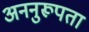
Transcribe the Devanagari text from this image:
अननुरूपता